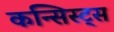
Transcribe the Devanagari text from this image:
कन्सिस्ट्स